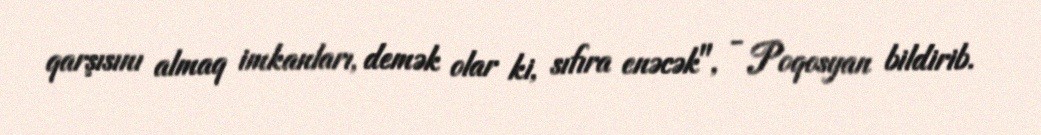
qarşısını almaq imkanları, demək olar ki, sıfıra enəcək", - Poqosyan bildirib.